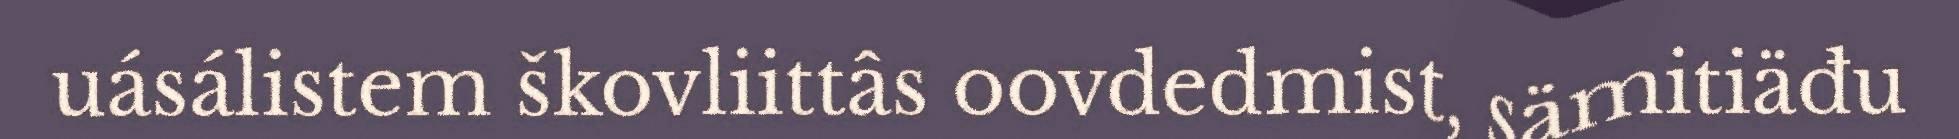
uásálistem škovliittâs oovdedmist, sämitiäđu